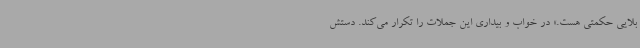
بلایی حکمتی هست.» در خواب و بیداری این جملات را تکرار می‌کند. دستش